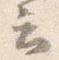
云